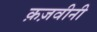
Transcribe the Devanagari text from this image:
क़ज़वीनी